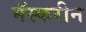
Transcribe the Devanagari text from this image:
मॅस्करीन